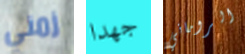
زمني جهدا الروماني